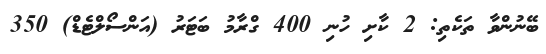
ބޭނުންވާ ތަކެތި: 2 ކާށި ހުނި 400 ގްރާމު ބަޓަރު (އަންސޯލްޓެޑް) 350